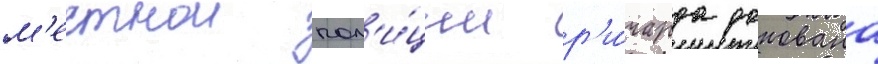
м'естнои пол'и́ции р'и́чарда донована